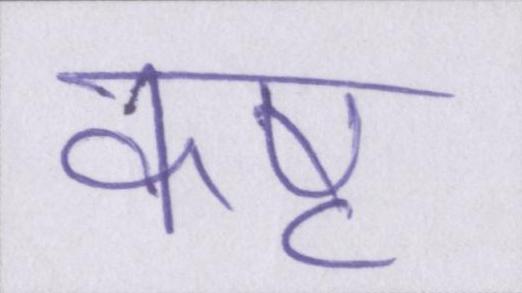
कष्ट